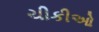
ચીકીઓ